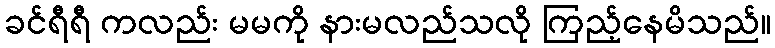
ခင်ရီရီ ကလည်း မမကို နားမလည်သလို ကြည့်နေမိသည်။